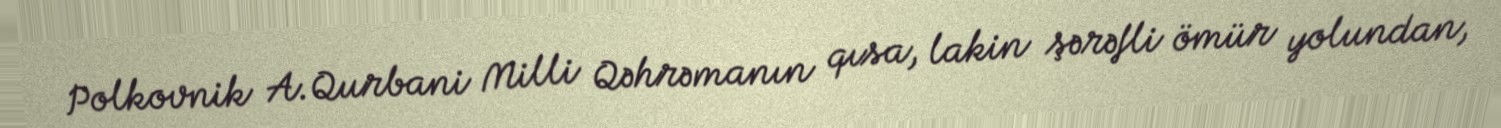
Polkovnik A.Qurbani Milli Qəhrəmanın qısa, lakin şərəfli ömür yolundan,